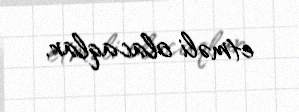
etməli olacaqlar.